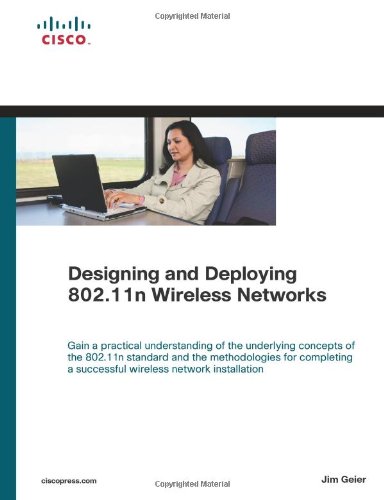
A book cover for Designing and Deploying 802.11n Wireless Networks; Jim Geier; Computers & Technology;